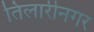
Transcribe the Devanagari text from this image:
तिलारीनगर